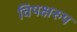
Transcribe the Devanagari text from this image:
विपक्षरुप